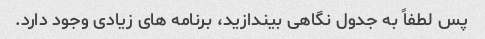
پس لطفاً به جدول نگاهی بیندازید، برنامه های زیادی وجود دارد.